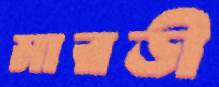
মারডী